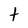
Character: t